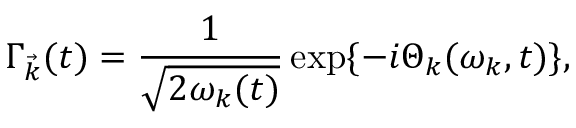
{ \Gamma } _ { \vec { k } } ( t ) = \frac { 1 } { \sqrt { 2 { \omega } _ { k } ( t ) } } \exp \{ - i { \Theta } _ { k } ( { \omega } _ { k } , t ) \} ,